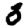
Digit: 3